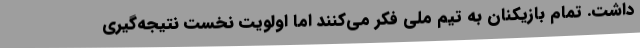
داشت. تمام بازیکنان به تیم ملی فکر می‌کنند اما اولویت نخست نتیجه‌گیری